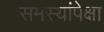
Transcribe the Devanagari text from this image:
समस्यांपेक्षा